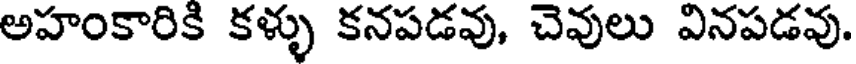
అహంకారికి కళ్ళు కనపడవు, చెవులు వినపడవు.